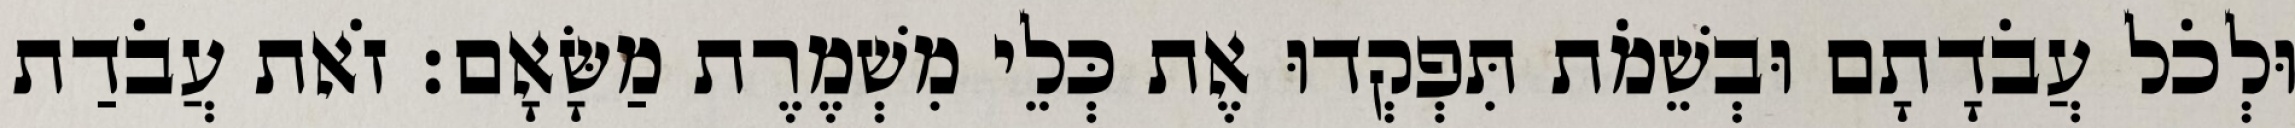
וּלְכֹל עֲבֹדָתָם וּבְשֵׁמֹת תִּפְקְדוּ אֶת כְּלֵי מִשְׁמֶרֶת מַשָּׂאָם׃ זֹאת עֲבֹדַת